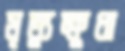
মৃত্যুক্ষুধা